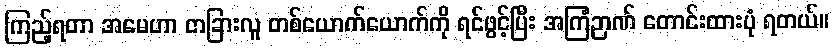
ကြည့်ရတာ အမေဟာ တခြားလူ တစ်ယောက်ယောက်ကို ရင်ဖွင့်ပြီး အကြံဉာဏ် တောင်းထားပုံ ရတယ်။